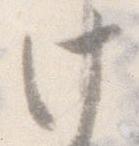
け